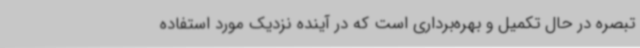
تبصره در حال تکمیل و بهره‌برداری است که در آینده نزدیک مورد استفاده